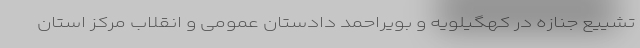
تشییع جنازه در کهگیلویه و بویراحمد دادستان عمومی و انقلاب مرکز استان